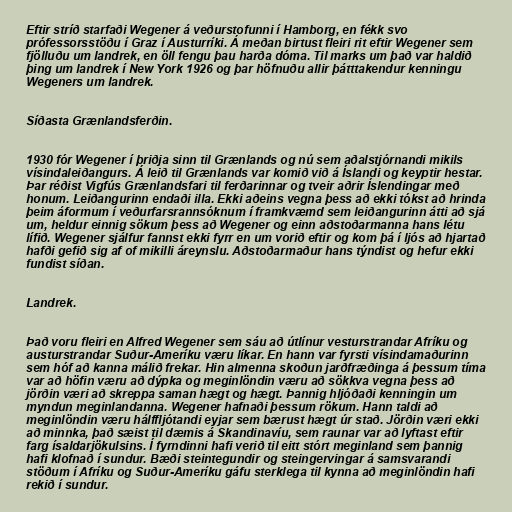
Eftir stríð starfaði Wegener á veðurstofunni í Hamborg, en fékk svo
prófessorsstöðu í Graz í Austurríki. Á meðan birtust fleiri rit eftir Wegener sem
fjölluðu um landrek, en öll fengu þau harða dóma. Til marks um það var haldið
þing um landrek í New York 1926 og þar höfnuðu allir þátttakendur kenningu
Wegeners um landrek.

Síðasta Grænlandsferðin.

1930 fór Wegener í þriðja sinn til Grænlands og nú sem aðalstjórnandi mikils
vísindaleiðangurs. Á leið til Grænlands var komið við á Íslandi og keyptir hestar.
Þar réðist Vigfús Grænlandsfari til ferðarinnar og tveir aðrir Íslendingar með
honum. Leiðangurinn endaði illa. Ekki aðeins vegna þess að ekki tókst að hrinda
þeim áformum í veðurfarsrannsóknum í framkvæmd sem leiðangurinn átti að sjá
um, heldur einnig sökum þess að Wegener og einn aðstoðarmanna hans létu
lífið. Wegener sjálfur fannst ekki fyrr en um vorið eftir og kom þá í ljós að hjartað
hafði gefið sig af of mikilli áreynslu. Aðstoðarmaður hans týndist og hefur ekki
fundist síðan.

Landrek.

Það voru fleiri en Alfred Wegener sem sáu að útlínur vesturstrandar Afríku og
austurstrandar Suður-Ameríku væru líkar. En hann var fyrsti vísindamaðurinn
sem hóf að kanna málið frekar. Hin almenna skoðun jarðfræðinga á þessum tíma
var að höfin væru að dýpka og meginlöndin væru að sökkva vegna þess að
jörðin væri að skreppa saman hægt og hægt. Þannig hljóðaði kenningin um
myndun meginlandanna. Wegener hafnaði þessum rökum. Hann taldi að
meginlöndin væru hálffljótandi eyjar sem bærust hægt úr stað. Jörðin væri ekki
að minnka, það sæist til dæmis á Skandinavíu, sem raunar var að lyftast eftir
farg ísaldarjökulsins. Í fyrndinni hafi verið til eitt stórt meginland sem þannig
hafi klofnað í sundur. Bæði steintegundir og steingervingar á samsvarandi
stöðum í Afríku og Suður-Ameríku gáfu sterklega til kynna að meginlöndin hafi
rekið í sundur.